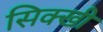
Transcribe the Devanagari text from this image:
सिक्खी